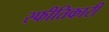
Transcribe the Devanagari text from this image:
स्फीतिकारी